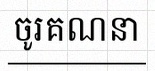
ចូរគណនា